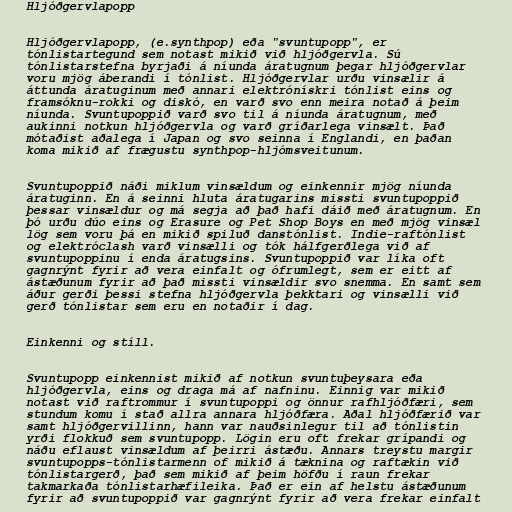
Hljóðgervlapopp

Hljóðgervlapopp, (e.synthpop) eða "svuntupopp", er
tónlistartegund sem notast mikið við hljóðgervla. Sú
tónlistarstefna byrjaði á níunda áratugnum þegar hljóðgervlar
voru mjög áberandi í tónlist. Hljóðgervlar urðu vinsælir á
áttunda áratuginum með annari elektrónískri tónlist eins og
framsóknu-rokki og diskó, en varð svo enn meira notað á þeim
níunda. Svuntupoppið varð svo til á níunda áratugnum, með
aukinni notkun hljóðgervla og varð gríðarlega vinsælt. Það
mótaðist aðalega í Japan og svo seinna í Englandi, en þaðan
koma mikið af frægustu synthpop-hljómsveitunum.

Svuntupoppið náði miklum vinsældum og einkennir mjög níunda
áratuginn. En á seinni hluta áratugarins missti svuntupoppið
þessar vinsældur og má segja að það hafi dáið með áratugnum. En
þó urðu dúo eins og Erasure og Pet Shop Boys en með mjög vinsæl
lög sem voru þá en mikið spiluð danstónlist. Indie-raftónlist
og elektróclash varð vinsælli og tók hálfgerðlega við af
svuntupoppinu í enda áratugsins. Svuntupoppið var líka oft
gagnrýnt fyrir að vera einfalt og ófrumlegt, sem er eitt af
ástæðunum fyrir að það missti vinsældir svo snemma. En samt sem
áður gerði þessi stefna hljóðgervla þekktari og vinsælli við
gerð tónlistar sem eru en notaðir í dag.

Einkenni og stíll.

Svuntupopp einkennist mikið af notkun svuntuþeysara eða
hljóðgervla, eins og draga má af nafninu. Einnig var mikið
notast við raftrommur í svuntupoppi og önnur rafhljóðfæri, sem
stundum komu í stað allra annara hljóðfæra. Aðal hljóðfærið var
samt hljóðgervillinn, hann var nauðsinlegur til að tónlistin
yrði flokkuð sem svuntupopp. Lögin eru oft frekar grípandi og
náðu eflaust vinsældum af þeirri ástæðu. Annars treystu margir
svuntupopps-tónlistarmenn of mikið á tæknina og raftækin við
tónlistargerð, það sem mikið af þeim höfðu í raun frekar
takmarkaða tónlistarhæfileika. Það er ein af helstu ástæðunum
fyrir að svuntupoppið var gagnrýnt fyrir að vera frekar einfalt